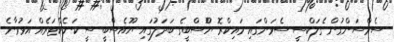
ސެމްސަންގުން ގެލަކްސީ ސެވަންގައި މައިކްރޮ ޔޫެސްބީގެ ބަދަލުގައި ޔޫއެސްބީ ސީ ކަނެކްޓަރެއް އަޅުވާނެ